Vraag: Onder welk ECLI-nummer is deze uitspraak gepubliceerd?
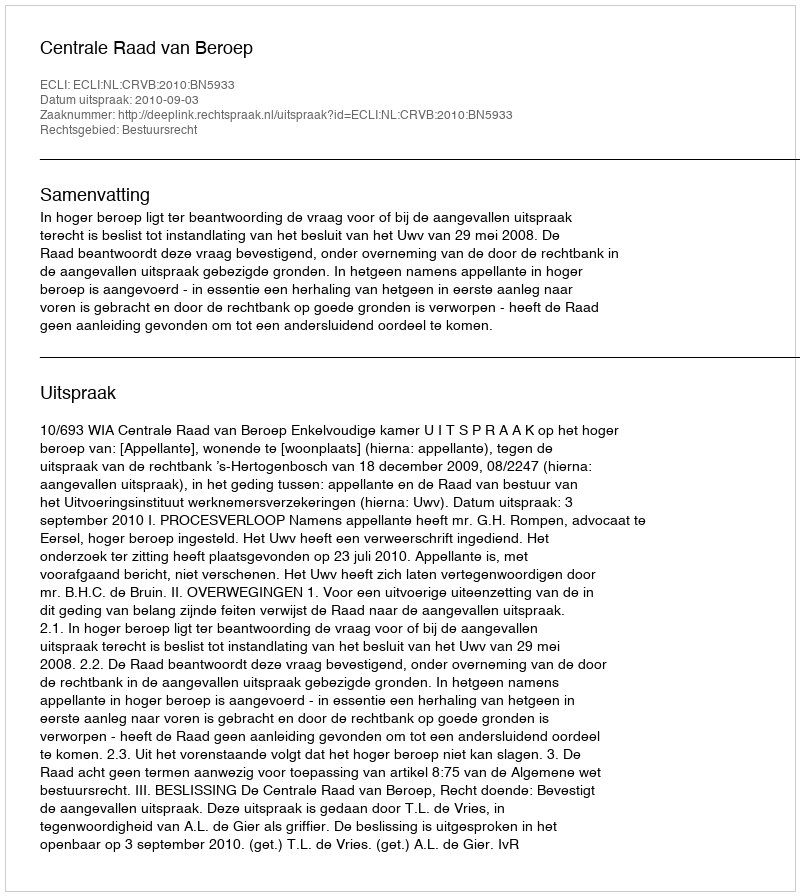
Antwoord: ECLI:NL:CRVB:2010:BN5933